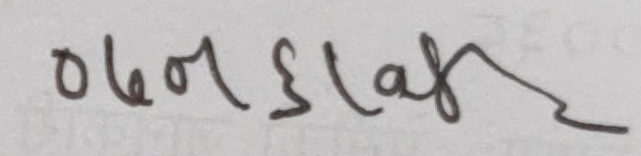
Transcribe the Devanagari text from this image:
०७1६laf